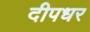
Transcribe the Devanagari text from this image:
दीपधर